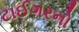
ટાઈગરનો